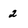
Character: 2